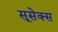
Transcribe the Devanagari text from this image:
सूसेक्स